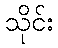
သိုင်း